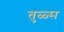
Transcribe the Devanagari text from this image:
तुळ्स